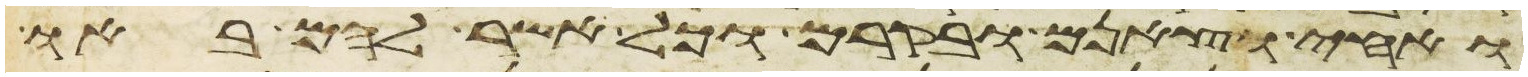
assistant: ואחי וצאנם ובקרם וכל אשר להם באו